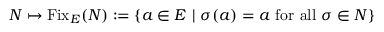
N \mapsto { \mathrm { F i x } } _ { E } ( N ) : = \{ a \in E ~ | ~ \sigma ( a ) = a { \mathrm { ~ f o r ~ a l l ~ } } \sigma \in N \}